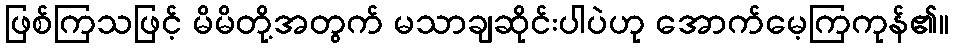
ဖြစ်ကြသဖြင့် မိမိတို့အတွက် မသာချဆိုင်းပါပဲဟု အောက်မေ့ကြကုန်၏။